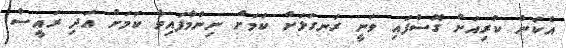
އެކަން ކުރިއަށް ގޮސްފައި ވަނީ ރަނގަޅަށް ކަމަށް ނިންމާފައިވާ ކަމަށް އަދި ރައީސް